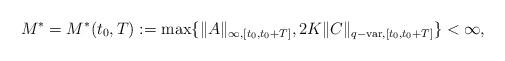
LaTeX: \begin{align*}M^*=M^*(t_0,T):=\max\{\|A\|_{\infty,[t_0,t_0+T]}, 2K \| C\|_{q{\rm-var},[t_0,t_0+T]}\}<\infty,\end{align*}